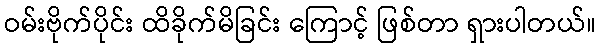
ဝမ်းဗိုက်ပိုင်း ထိခိုက်မိခြင်း ကြောင့် ဖြစ်တာ ရှားပါတယ်။